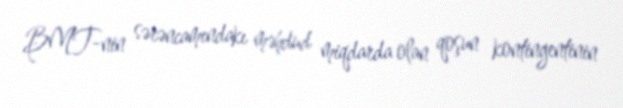
BMT-nin sərəncamındakı məhdud miqdarda olan qoşun kontingentinin